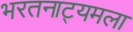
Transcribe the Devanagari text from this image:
भरतनाट्यमला